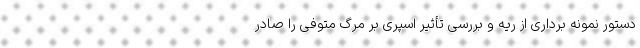
دستور نمونه برداری از ریه و بررسی تأثیر اسپری بر مرگ متوفی را صادر